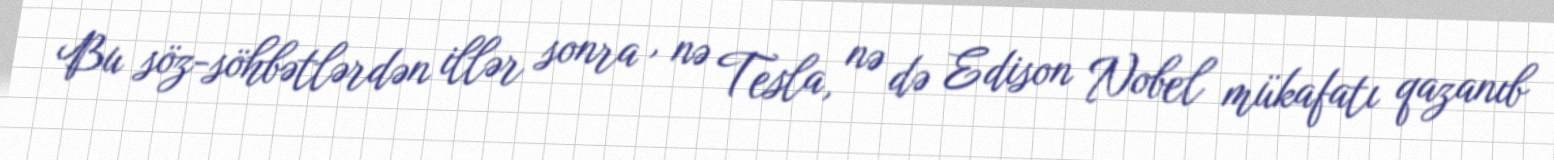
Bu söz-söhbətlərdən illər sonra , nə Tesla, nə də Edison Nobel mükafatı qazanıb